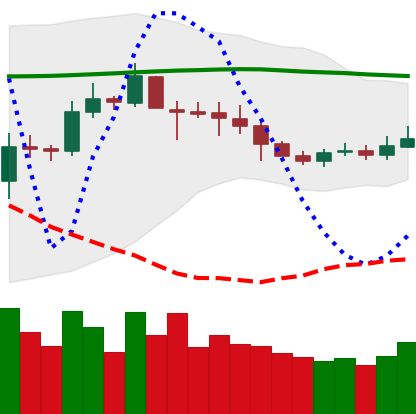
Ticker: ETC-USD
Chart end date: 2019-09-18
Forward return: -8.675%
Label: down_7plus